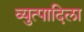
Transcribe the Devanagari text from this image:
व्युत्पादिला